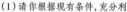
(1) 请你根据现有条件，充分利